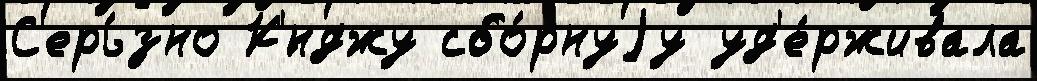
С'ерь́зно К'́нджу сбо́рнуjу уд'е́рживала